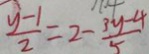
\frac { y - 1 } { 2 } = 2 - \frac { 3 y - 4 } { 5 }